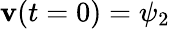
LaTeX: \mathbf{v}(t=0)=\psi_{2}